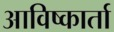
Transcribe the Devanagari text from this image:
आविष्कार्ता